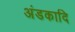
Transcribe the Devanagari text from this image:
अंडकादि